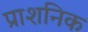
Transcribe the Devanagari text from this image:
प्राशनिक